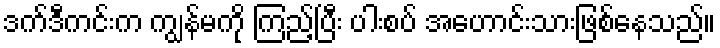
ဒက်ဒီကင်းက ကျွန်မကို ကြည့်ပြီး ပါးစပ် အဟောင်းသားဖြစ်နေသည်။